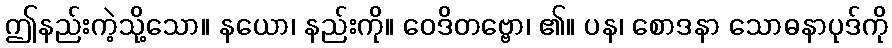
ဤနည်းကဲ့သို့သော။ နယော၊ နည်းကို။ ဝေဒိတဗ္ဗော၊ ၏။ ပန၊ စောဒနာ သောဓနာပုဒ်ကို